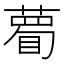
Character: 𥊄